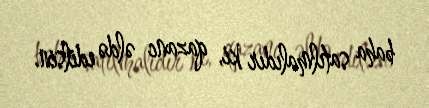
baha satılmalıdır ki, qazanc əldə edilsin.